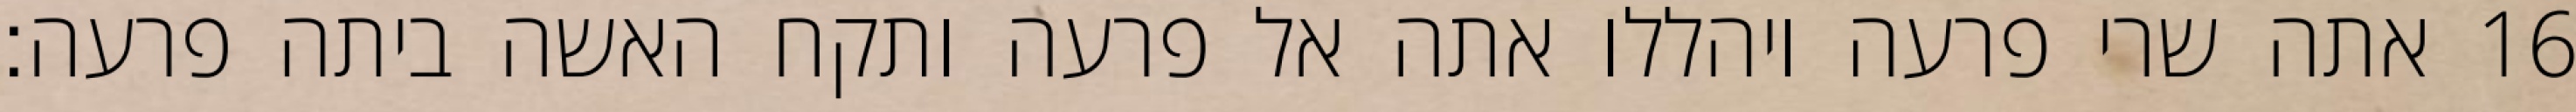
אתה שרי פרעה ויהללו אתה אל פרעה ותקח האשה ביתה פרעה׃ ‎16‏